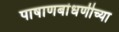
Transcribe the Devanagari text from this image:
पाषाणबांधणीच्या